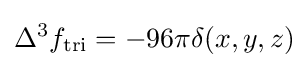
\Delta ^{3}f_{\text{tri}}=-96\pi \delta (x,y,z)